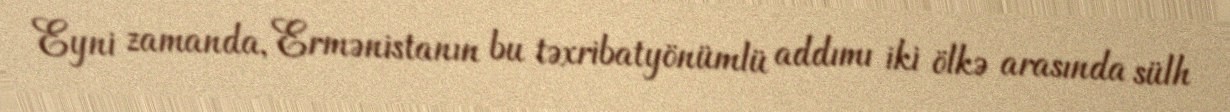
Eyni zamanda, Ermənistanın bu təxribatyönümlü addımı iki ölkə arasında sülh